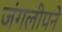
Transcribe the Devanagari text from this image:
जंगलीपने